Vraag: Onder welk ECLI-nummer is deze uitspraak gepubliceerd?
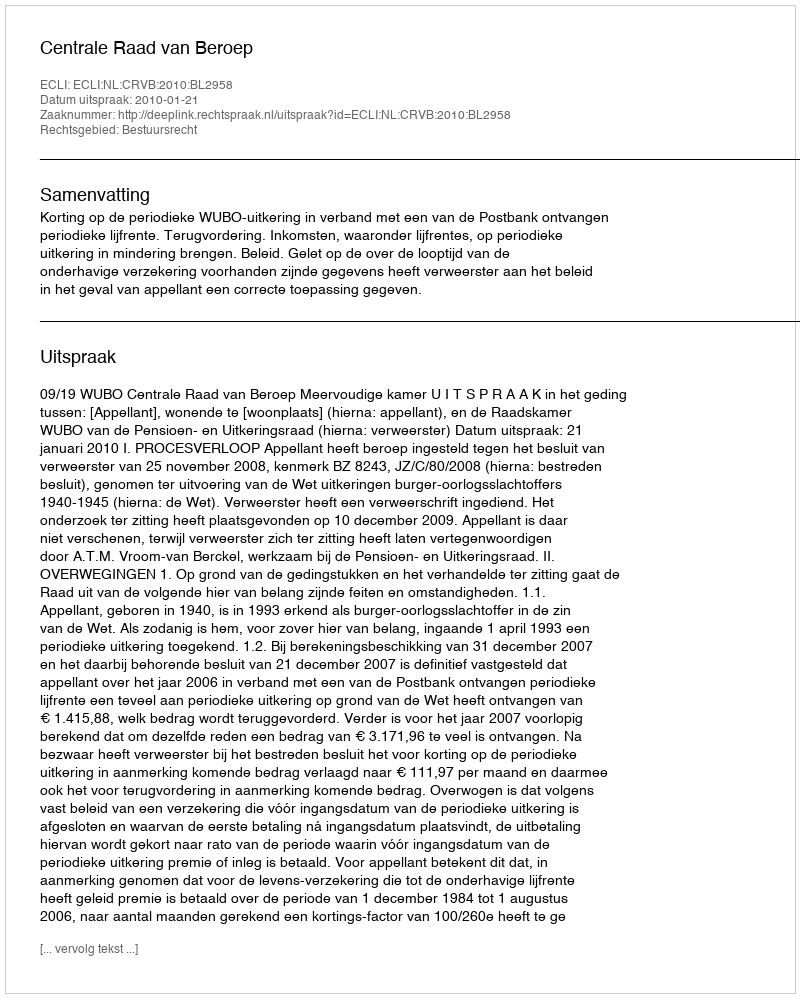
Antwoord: ECLI:NL:CRVB:2010:BL2958